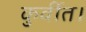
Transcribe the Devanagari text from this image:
कुर्वीत।